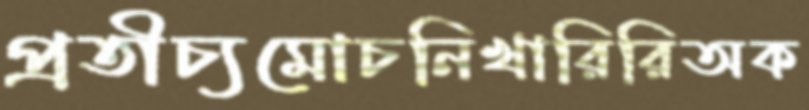
প্রতীচ্যমোচনিখারিরিঅক